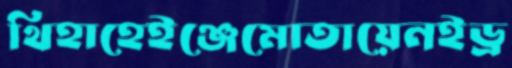
থিহাহেইঞ্জেমোতায়েনইড্র